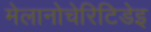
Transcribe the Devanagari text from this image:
मेलानोचेरिटिडेइ